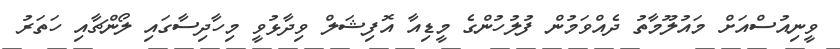
ވީނިއުސްއަށް މައުލޫމާތު ދެއްވަމުން ފުލުހުންގެ މީޑިއާ އޮފިޝަލް ވިދާޅުވީ މިހާދިސާގައި ލޯންޗާއި ހަތަރު